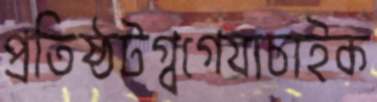
প্রতিষ্ঠটগ্‌বগেযাচাইক